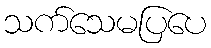
သက်သေမပြပေ